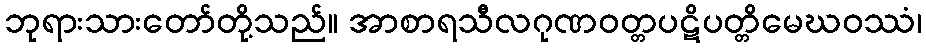
ဘုရားသားတော်တို့သည်။ အာစာရသီလဂုဏဝတ္တပဋိပတ္တိမေဃဝဿံ၊